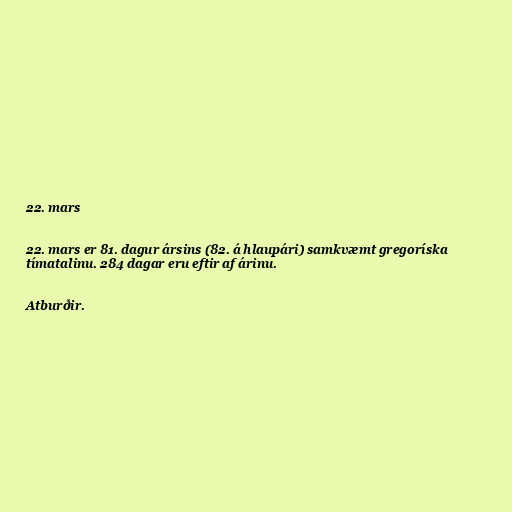
22. mars

22. mars er 81. dagur ársins (82. á hlaupári) samkvæmt gregoríska
tímatalinu. 284 dagar eru eftir af árinu.

Atburðir.